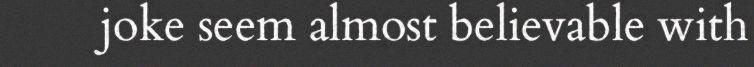
joke seem almost believable with